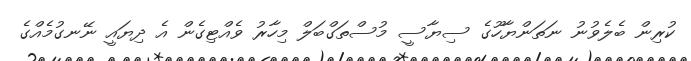
ކުރިން ބެލެވުނު ނަތަންޔާހޫގެ ސިޔާސީ މުސްތަގްބަލް މިހާރު ވެއްޓިގެން އެ ދިޔައީ ނޭނގުމެއްގެ